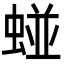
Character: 䗒